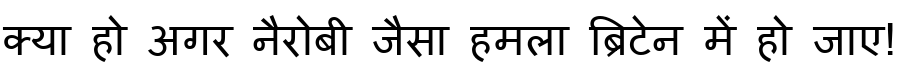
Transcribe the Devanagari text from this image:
क्या हो अगर नैरोबी जैसा हमला ब्रिटेन में हो जाए!